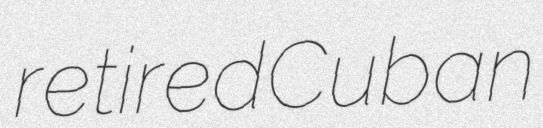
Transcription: retired Cuban